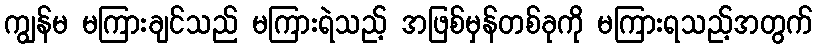
ကျွန်မ မကြားချင်သည် မကြားရဲသည့် အဖြစ်မှန်တစ်ခုကို မကြားရသည့်အတွက်